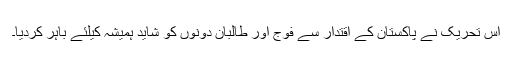
اس تحریک نے پاکستان کے اقتدار سے فوج اور طالبان دونوں کو شاید ہمیشہ کیلئے باہر کردیا۔